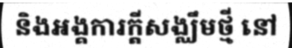
និងអង្គការក្តីសង្ឈឹមថ្មី នៅ